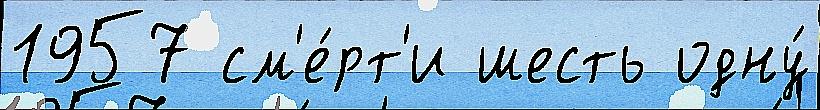
1957 см'е́рт'и шесть одну́